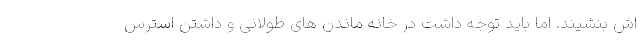
اش بنشیند. اما باید توجه داشت در خانه ماندن های طولانی و داشتن استرس